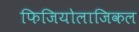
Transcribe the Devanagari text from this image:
फिजियोलाजिकल